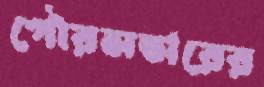
পৌরসভারের